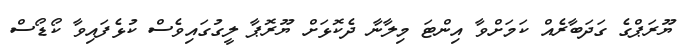
ޔޫރަޕްގެ ގަދަބާރެއް ކަމަށްވާ އިންޓަ މިލާނާ ދެކޮޅަށް ޔޫރޮޕާ ލީގުގައިވެސް ކުޅެފައިވާ ކޯޑޯސް